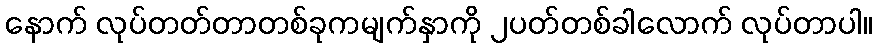
နောက် လုပ်တတ်တာတစ်ခုကမျက်နှာကို ၂ပတ်တစ်ခါလောက် လုပ်တာပါ။